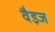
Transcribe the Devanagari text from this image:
वैइज